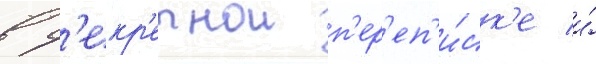
в с'екр'етнои п'ер'еп'и́ск'е и́